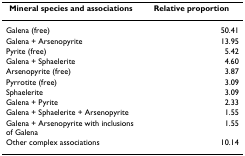
<table><thead><tr><td><b>Mineral species and associations</b></td><td><b>Relative proportion</b></td></tr></thead><tbody><tr><td>Galena (free)</td><td>50.41</td></tr><tr><td>Galena + Arsenopyrite</td><td>13.95</td></tr><tr><td>Pyrite (free)</td><td>5.42</td></tr><tr><td>Galena + Sphaelerite</td><td>4.60</td></tr><tr><td>Arsenopyrite (free)</td><td>3.87</td></tr><tr><td>Pyrrotite (free)</td><td>3.09</td></tr><tr><td>Sphaelerite</td><td>3.09</td></tr><tr><td>Galena + Pyrite</td><td>2.33</td></tr><tr><td>Galena + Sphaelerite + Arsenopyrite</td><td>1.55</td></tr><tr><td>Galena + Arsenopyrite with inclusions of Galena</td><td>1.55</td></tr><tr><td>Other complex associations</td><td>10.14</td></tr></tbody></table>